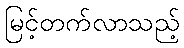
မြင့်တက်လာသည့်